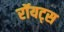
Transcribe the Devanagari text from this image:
रॉयट्स